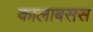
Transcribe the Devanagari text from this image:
कालाबसस